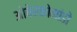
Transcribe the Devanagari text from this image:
ओबेरकोमांडो